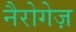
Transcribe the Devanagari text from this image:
नैरोगेज़